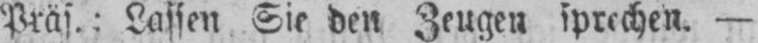
Präs.: Lassen Sie den Zeugen sprechen. -